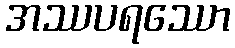
အဿပရဿော